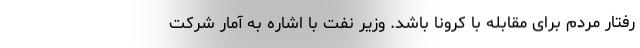
رفتار مردم برای مقابله با کرونا باشد. وزیر نفت با اشاره به آمار شرکت